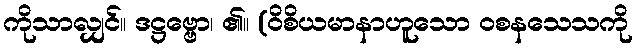
ကိုသာလျှင်။ ဒဋ္ဌဗ္ဗော၊ ၏။ (ဝိစိယမာနာဟူသော ဝစနသေသကို